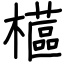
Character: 櫙